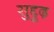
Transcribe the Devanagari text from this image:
सुद्दुृढ़